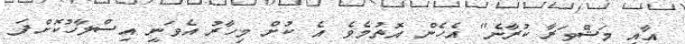
އާއި މަޝްވަރާ ކުރާނެ" އެހެން އޮތުމެވެ. އެ ކުށް މިހާރު އެވަނީ އިސްލާހުކޮށްފަ